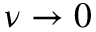
\nu \rightarrow 0